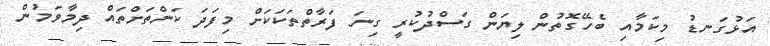
އަޅުގަނޑު މިކަމާއި ބެހޭގޮތުން ލިޔަން ގަސްދުކުރީ ގިނަ ފަރާތްތަކަކަށް މިފަދަ ކަންތަށްތައް ދިމާވަމުން